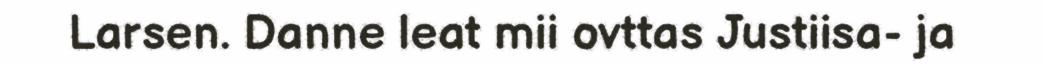
Larsen. Danne leat mii ovttas Justiisa- ja